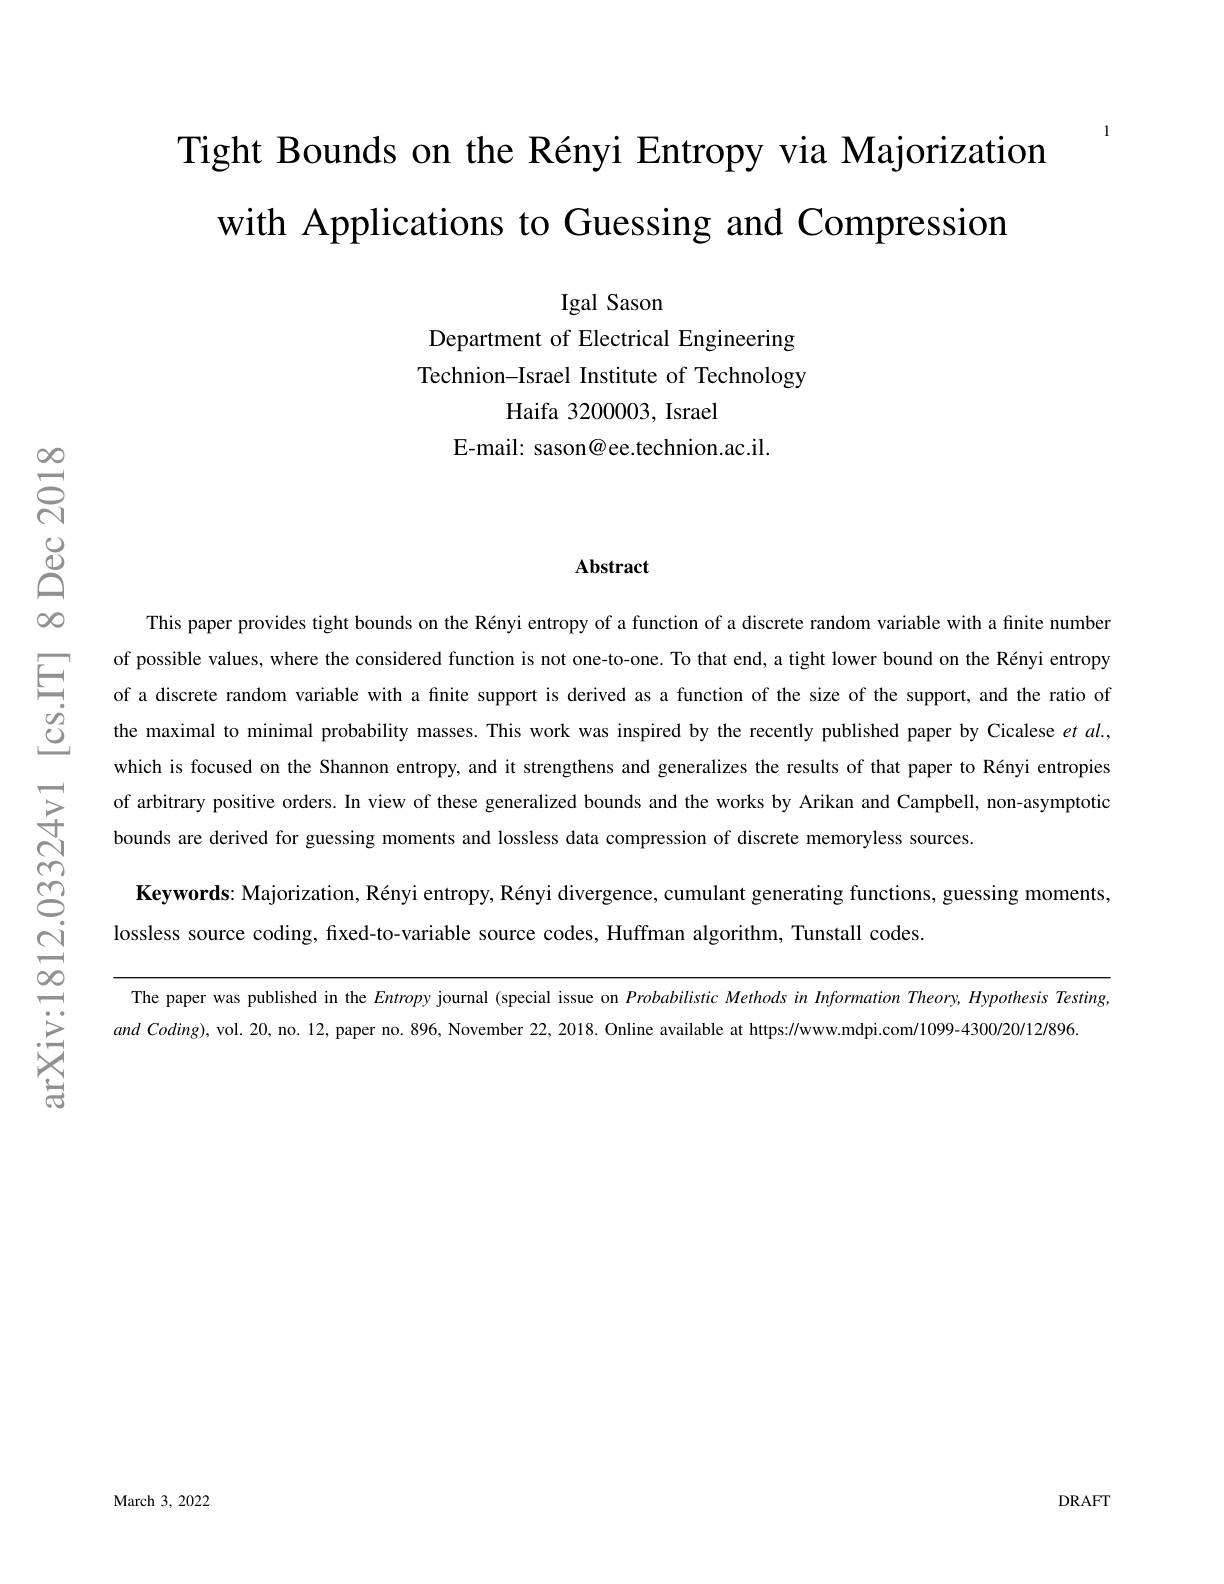
Tight Bounds on the Rényi Entropy via Majorization
with Applications to Guessing and Compression

Igal Sason
Department of Electrical Engineering Technion-Israel Institute of Technology
Haifa 3200003, Israel
E-mail: sason@ee.technion.ac.il.

### Abstract

This paper provides tight bounds on the Rényi entropy of a function of a discrete random variable with a finite number of possible values, where the considered function is not one-to-one. To that end, a tight lower bound on the Rényi entropy of a discrete random variable with a finite support is derived as a function of the size of the support, and the ratio of the maximal to minimal probability masses. This work was inspired by the recently published paper by Cicalese $et$ al., which is focused on the Shannon entropy, and it strengthens and generalizes the results of that paper to Rényi entropies of arbitrary positive orders. In view of these generalized bounds and the works by Arikan and Campbell, non-asymptotic bounds are derived for guessing moments and lossless data compression of discrete memoryless sources.
Keywords: Majorization, Rényi entropy, Rényi divergence, cumulant generating functions, guessing moments,
lossless source coding, fixed-to-variable source codes, Huffman algorithm, Tunstall codes.

The paper was published in the Entropy journal (special issue on Probabilistic Methods in Information Theory, Hypothesis Testing,
and Coding), vol. 20, no. 12, paper no. 896, November 22,2018. Online available at https://www.mdpi.com/1099-4300/20/12/896

DRAFT

March 3, 2022